Annual report of the Imperial Bacteriological Laboratory, Muktesar
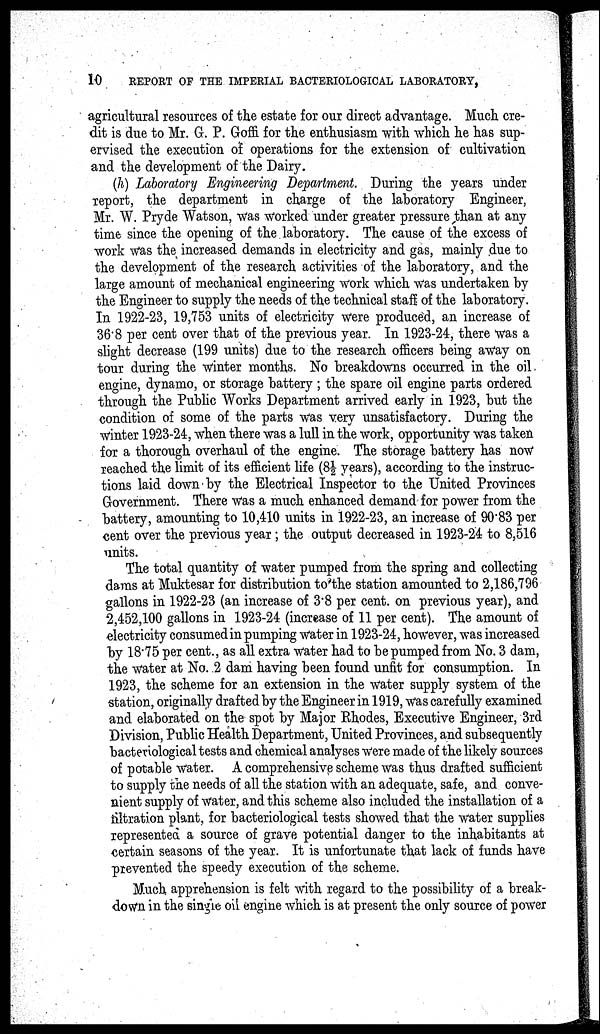
10
REPORT OF THE IMPERIAL BACTERIOLOGICAL LABORATORY,
agricultural resources of the estate for our direct advantage. Much cre-
dit is due to Mr. G. P. Goffi for the enthusiasm with which he has sup-
ervised the execution of operations for the extension of cultivation
and the development of the Dairy.
(h) Laboratory Engineering Department. During the years under
report, the department in charge of the laboratory Engineer,
Mr. W. Pryde Watson, was worked under greater pressure than at any
time since the opening of the laboratory. The cause of the excess of
work was the increased demands in electricity and gas, mainly due to
the development of the research activities of the laboratory, and the
large amount of mechanical engineering work which was undertaken by
the Engineer to supply the needs of the technical staff of the laboratory.
In 1922-23, 19,753 units of electricity were produced, an increase of
36.8 per cent over that of the previous year. In 1923-24, there was a
slight decrease (199 units) due to the research officers being away on
tour during the winter months. No breakdowns occurred in the oil
engine, dynamo, or storage battery ; the spare oil engine parts ordered
through the Public Works Department arrived early in 1923, but the
condition of some of the parts was very unsatisfactory. During the
winter 1923-24, when there was a lull in the work, opportunity was taken
for a thorough overhaul of the engine. The storage battery has now
reached the limit of its efficient life (8½ years), according to the instruc-
tions laid down by the Electrical Inspector to the United Provinces
Government. There was a much enhanced demand for power from the
battery, amounting to 10,410 units in 1922-23, an increase of 90.83 per
cent over the previous year; the output decreased in 1923-24 to 8,516
units.
The total quantity of water pumped from the spring and collecting
dams at Muktesar for distribution to the station amounted to 2,186,796
gallons in 1922-23 (an increase of 3.8 per cent. on previous year), and
2,452,100 gallons in 1923-24 (increase of 11 per cent). The amount of
electricity consumed in pumping water in 1923-24, however, was increased
by 18.75 per cent., as all extra water had to be pumped from No. 3 dam,
the water at No. 2 dam having been found unfit for consumption. In
1923, the scheme for an extension in the water supply system of the
station, originally drafted by the Engineer in 1919, was carefully examined
and elaborated on the spot by Major Rhodes, Executive Engineer, 3rd
Division, Public Health Department, United Provinces, and subsequently
bacteriological tests and chemical analyses were made of the likely sources
of potable water. A comprehensive scheme was thus drafted sufficient
to supply the needs of all the station with an adequate, safe, and conve-
nient supply of water, and this scheme also included the installation of a
filtration plant, for bacteriological tests showed that the water supplies
represented a source of grave potential danger to the inhabitants at
certain seasons of the year. It is unfortunate that lack of funds have
prevented the speedy execution of the scheme.
Much apprehension is felt with regard to the possibility of a break-
down in the single oil engine which is at present the only source of power